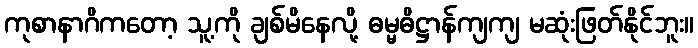
ကုစာနာဂိကတော့ သူ့ကို ချစ်မိနေလို့ ဓမ္မဓိဋ္ဌာန်ကျကျ မဆုံးဖြတ်နိုင်ဘူး။